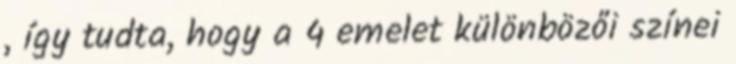
, így tudta, hogy a 4 emelet különbözői színei